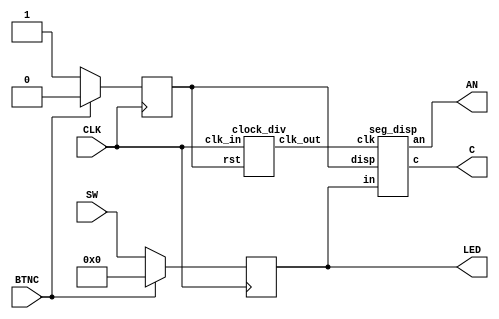

////////////////////////////////////////////////////////////////////////////////
// Company: Student
//
// Design Name: button_press
// Module Name: button_press
// Target Device: Nexys4-DDR
//
// Description:
//    Using switches and displaying the numbers on 7segment
//////////////////////////////////////////////////////////////////////////////////
			
`timescale 1ns / 1ps
module button_press(CLK,BTNC,SW,LED,C,AN);
input  CLK, BTNC;
input [15:0] SW;
output reg [15:0] LED;
output [6:0] C;
output [7:0] AN;
reg in_disp;
wire clkslow;
//reg clkorig;

always @ (posedge CLK) begin
    if(BTNC==1) begin
        LED<=0;
        in_disp<=0;        
    end
    else begin
        LED <= SW;
        in_disp<=1;
    end
end
//---------------------module clock_div(clk_in,rst,clk_out);
    clock_div cd1(.clk_in(CLK),.rst(in_disp),.clk_out(clkslow));
//---------------------module seg_disp(clk,in,disp,c,an);
    seg_disp s1(.clk(clkslow),.in(LED),.disp(in_disp),.c(C),.an(AN));
    
endmodule

module seg_disp(clk,in,disp,c,an);
input clk,disp;
input [15:0] in;
output reg [6:0] c;
output reg [7:0] an;
reg [1:0] state;
wire [6:0] c1,c2,c3,c4;

always @ (posedge clk) begin
    if(disp==0) begin
        c<=7'b1000000;
        an<=8'b00000000;
        state<=2'd0;
    end
    else begin
        case(state)
            2'd0:   begin   an<=8'b11111110;    c<=c1;  state<=2'd1;    end
            2'd1:   begin   an<=8'b11111101;    c<=c2;  state<=2'd2;    end
            2'd2:   begin   an<=8'b11111011;    c<=c3;  state<=2'd3;    end
            2'd3:   begin   an<=8'b11110111;    c<=c4;  state<=2'd0;    end
            default:    state<=2'd0;
        endcase
    end
end
    //--------convert (clk,in,digit)
    convert ca(.clk(clk),.in(in[3:0]),.digit(c1));
    convert cb(.clk(clk),.in(in[7:4]),.digit(c2));
    convert cc(.clk(clk),.in(in[11:8]),.digit(c3));
    convert cd(.clk(clk),.in(in[15:12]),.digit(c4));
endmodule



module clock_div(clk_in,rst,clk_out);
input clk_in, rst;
output wire clk_out;
reg [14:0] count;
always @ (posedge clk_in) begin
    if(rst==0) begin
        count=0;
    end
    else begin
        count=count+1;
    end
end
assign clk_out=count[14];
endmodule

module convert (clk,in,digit);
input clk;
input [3:0] in;
output reg [6:0] digit;
always @ (posedge clk) begin
    case(in)
        4'd0    : digit = 7'b1000000;
        4'd1    : digit = 7'b1111001;
        4'd2    : digit = 7'b0100100;
        4'd3    : digit = 7'b0110000;
        4'd4    : digit = 7'b0011001;
        4'd5    : digit = 7'b0010010;
        4'd6    : digit = 7'b0000010;
        4'd7    : digit = 7'b1111000;
        4'd8    : digit = 7'b0000000;
        4'd9    : digit = 7'b0010000;
        4'd10   : digit = 7'b0001000;
        4'd11   : digit = 7'b0000011;
        4'd12   : digit = 7'b1000110;
        4'd13   : digit = 7'b0100001;
        4'd14   : digit = 7'b0000110;
        4'd15   : digit = 7'b0001110;
        default : digit = 7'b1111111;
    endcase
end
endmodule